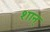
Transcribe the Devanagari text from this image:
शान्